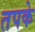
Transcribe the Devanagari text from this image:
तपके